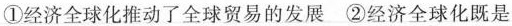
①经济全球化推动了全球贸易的发展 ②经济全球化既是